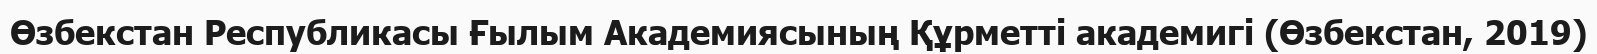
Өзбекстан Республикасы Ғылым Академиясының Құрметті академигі (Өзбекстан, 2019)